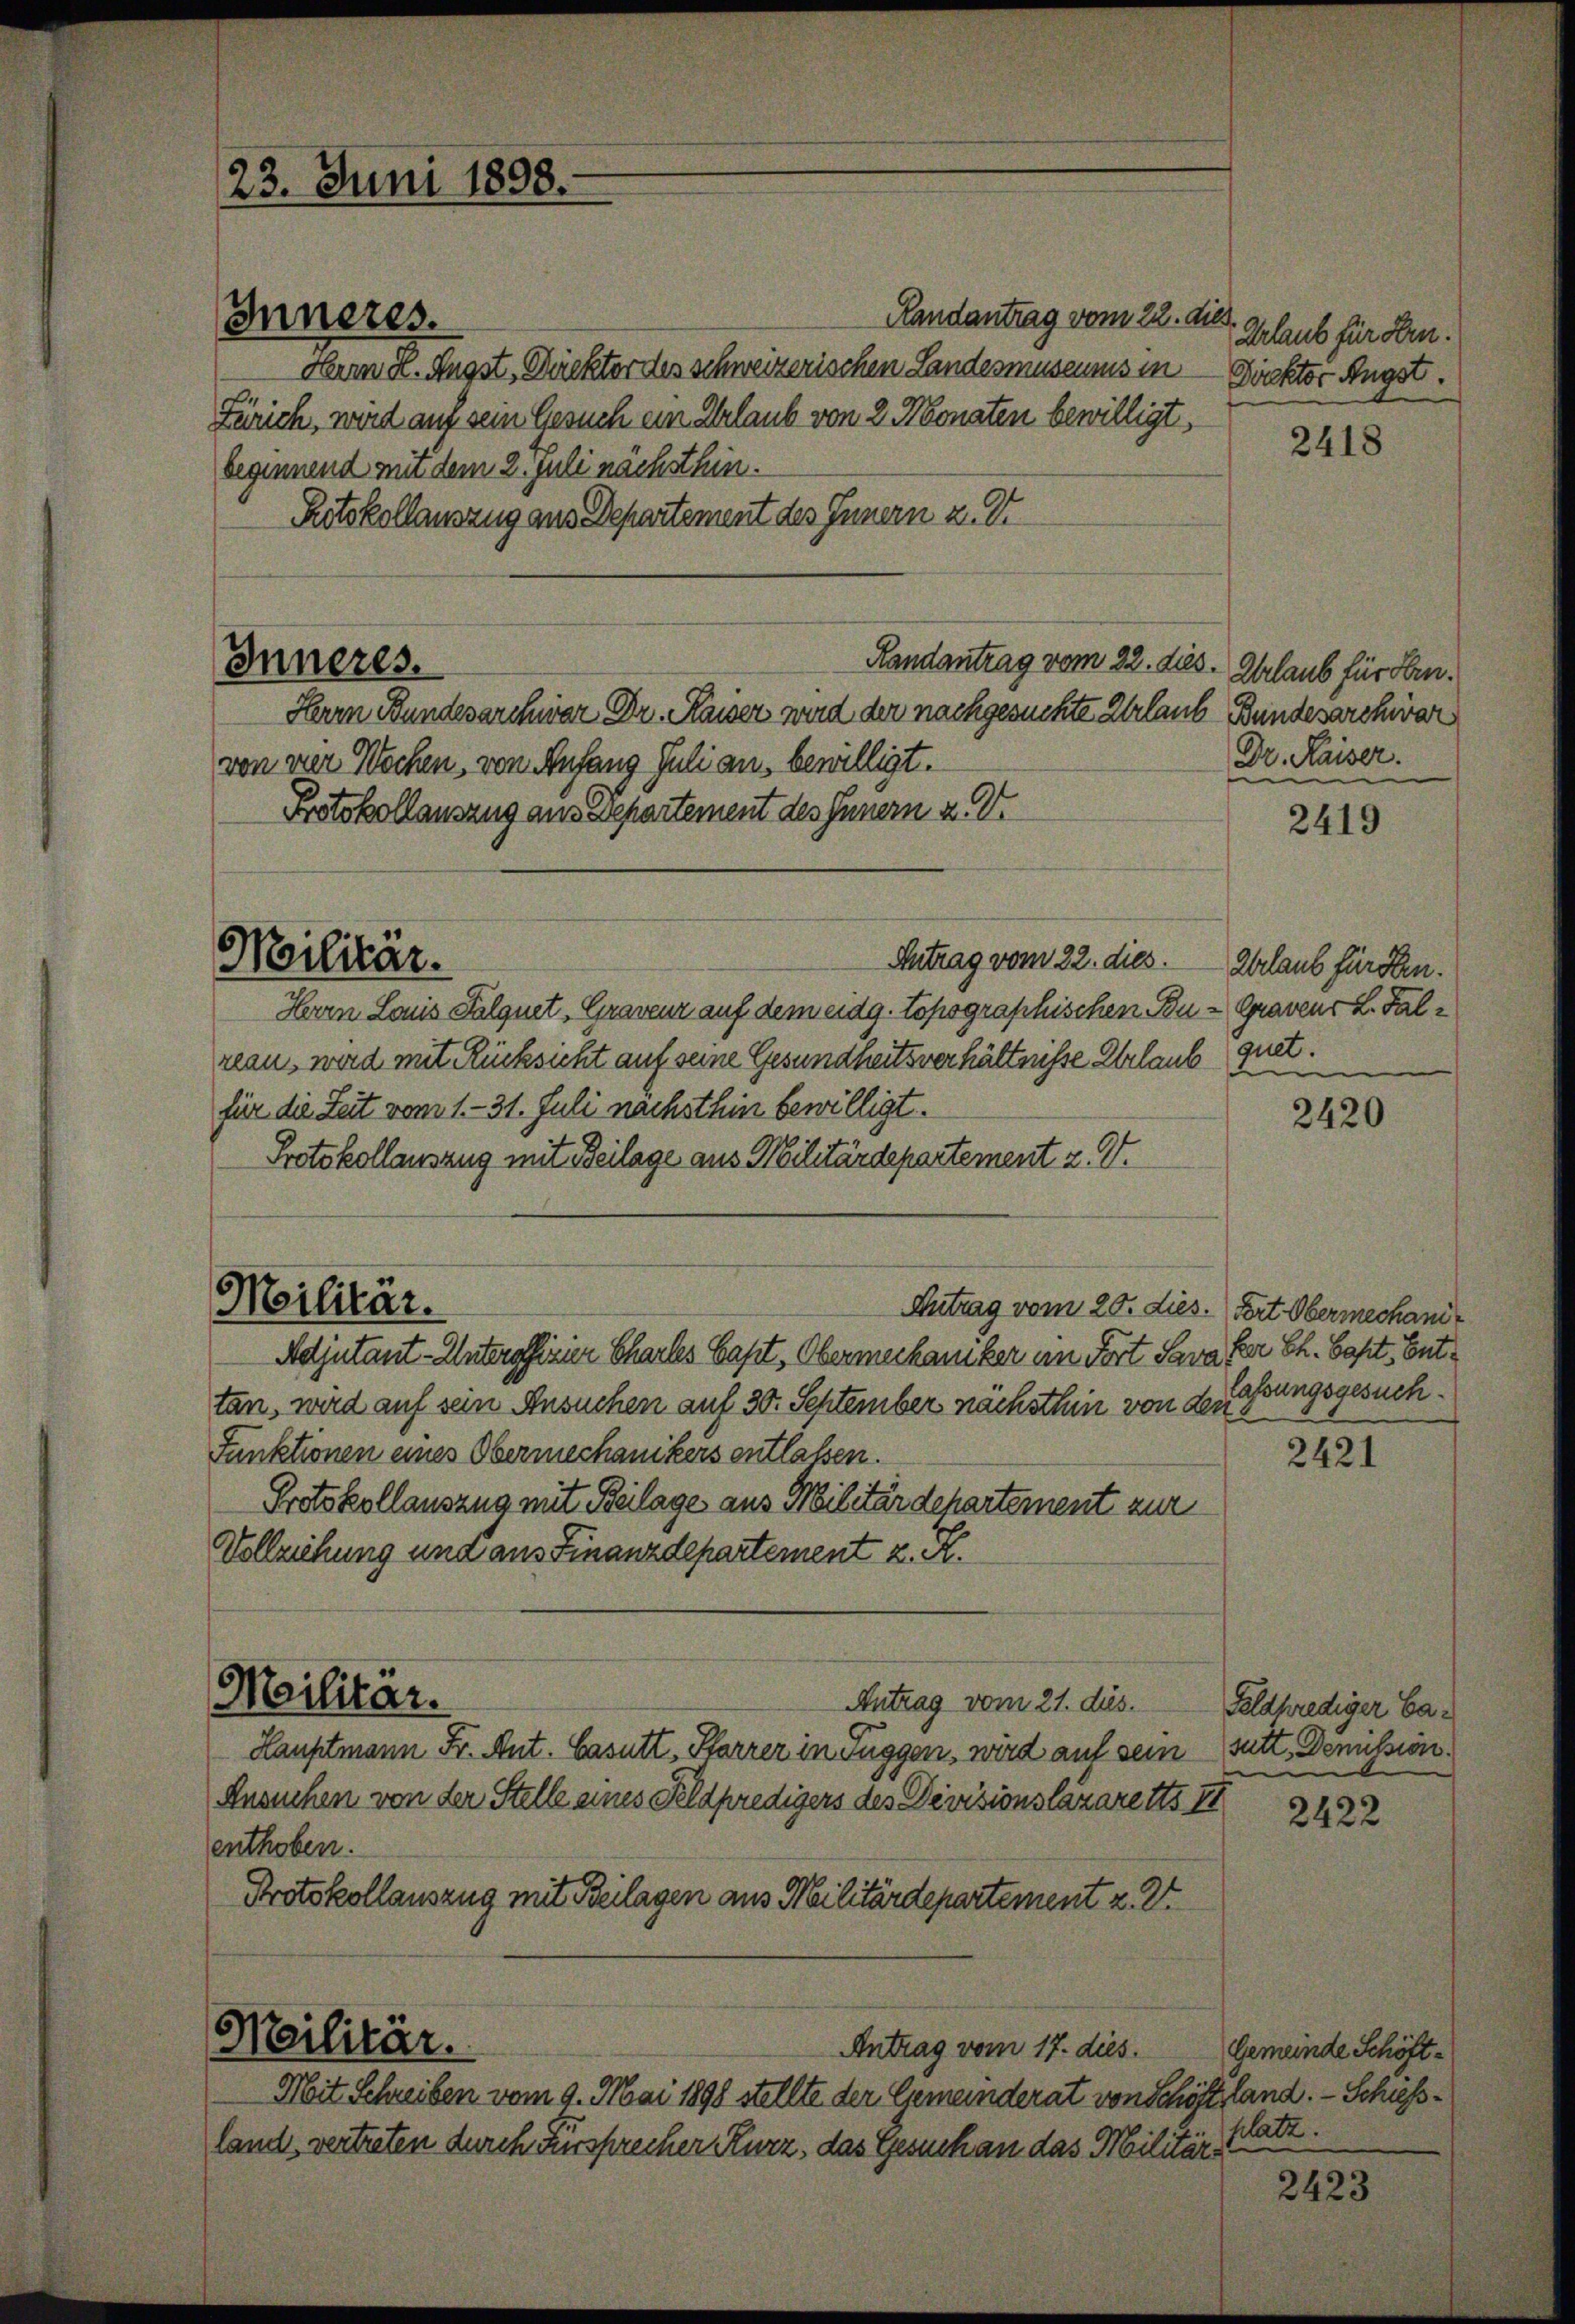
23. Juni 1898.

Inneres.

Handantrag vom 22. dies
Herrn St. Augst, Direkter des schweizerischen Landesmuseumus in Direktor Angst.
Zürich, wird auf sein Gesuch ein Erlaub von 2 Monaten bewilligt,
beginnend mit dem 2. Juli nächsthin.
Rotokollauszug aus Departement des Innern z. Dr
Inneres.
Randantrag vom 22. dies. Erlaub für Hrn.
Herrn Bundesarchwar Dr. Kaiser wird der nachgesuchte Urlaub Bundesarchivar
von vier Wochen, von Anfang Juli an, bewilligt.
Protokollauszug aus Departement des Innern a. D.

Militär.

Antrag vom 22. dies.
Herrn Louis Falgnet, Gravenz auf dem eidg. topographischen Bu-Graveur L. Falreaus wird mit Rücksicht auf seine Gesundheitsverhältnisse Erlaub quet.
für die Zeit vom 1. - 31. Juli nachsthin bewilligt.
Protokollauszug mit Beilage aus Militärdepartement u. V.

3
Militär.

Antrag vom 20. dies. Art. Obermechani¬
Adjutant-Unteroffizier Chartes Capt, Obermechaniker an Fort Sava
tan, wird auf sein Ansuchen auf 30. September nächsthin von de lassungsgesuch¬
Funktionen eines Obermechanikers entlassen.
Protokollauszug mit Beilage aus Militärdepartement zur
Vollziehung und aus Finanzdepartement z. A.
Meilitär.
Antrag vom 21. ds.
Hauptmann Fr. Ant. Casutt, Pfarrer in Fuggen, wird auf sein Gutt. Demission.
Ansuchen von der Stelle eines Feldpredigers des Divisionslazaretts II
enthoben.
Protokollauszug mit Beilagen aus Militärdepartement z. Zt.

Militär.
Antrag vom 17. dies

Mit Schreiben vom 9. Mai 1898 stellte der Gemeinderat von Schöftland. - Schussland, vertreten durch Fürsprecher Kurz, das Gesuch an das Militär¬

Urlaub für oben.

2418

Dr. Kaiser.

2419

Zurlaub für den.

2420

for Ch. Caset. Ent¬

2421

Feldprediger Ca¬

2422

Gemeinde Schöftsatz.

2423